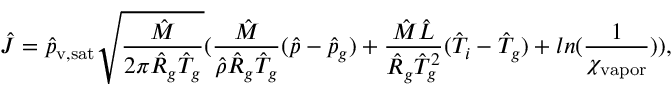
\hat { J } = \hat { p } _ { \mathrm { v , s a t } } \sqrt { \frac { \hat { M } } { 2 \pi \hat { R } _ { g } \hat { T } _ { g } } } ( \frac { \hat { M } } { \hat { \rho } \hat { R } _ { g } \hat { T } _ { g } } ( \hat { p } - \hat { p } _ { g } ) + \frac { \hat { M } \hat { L } } { \hat { R } _ { g } \hat { T } _ { g } ^ { 2 } } ( \hat { T } _ { i } - \hat { T } _ { g } ) + l n ( \frac { 1 } { \chi _ { \mathrm { v a p o r } } } ) ) ,